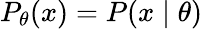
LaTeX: P_{\theta}(x)=P(x\mid\theta)